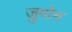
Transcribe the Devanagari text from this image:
जुगोन